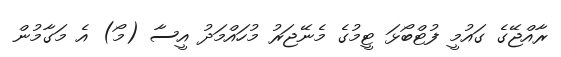
ރާއްޖޭގެ ގައުމީ ފުޓްބޯޅަ ޓީމުގެ މެނޭޖަރު މުހައްމަދު އީސާ (މޯ) އެ މަގާމުން